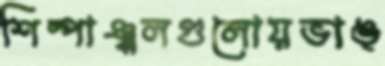
শিল্পাঞ্চলগুলোয়ভাঙ্